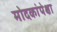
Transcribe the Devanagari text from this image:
मोदकांपेक्षा